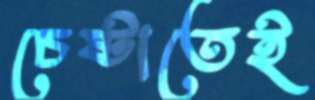
চেষ্টাতেই